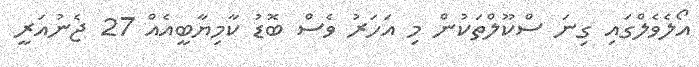
އޯލެވެލްގައި ގިނަ ސްކޫލްތަކުން މި އަހަރު ވެސް ބޮޑު ކާމިޔާބީއެއް 27 ޖެނުއަރީ